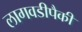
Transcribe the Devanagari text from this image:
लागवडीपैकी